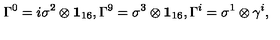
\Gamma ^ { 0 } = i \sigma ^ { 2 } \otimes { \bf 1 } _ { 1 6 } , \Gamma ^ { 9 } = \sigma ^ { 3 } \otimes { \bf 1 } _ { 1 6 } , \Gamma ^ { i } = \sigma ^ { 1 } \otimes \gamma ^ { i } ,